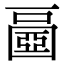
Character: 𡈧